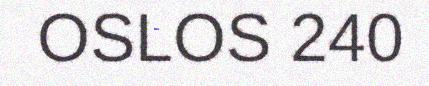
OSLOS 240